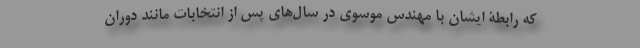
که رابطۀ ایشان با مهندس موسوی در سال‌های پس از انتخابات مانند دوران